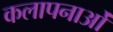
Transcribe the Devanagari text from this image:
कलापनाओं